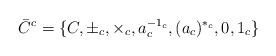
LaTeX: \begin{align*}\bar{C}^{c}=\{C, \pm_{c}, \times_{c}, a_{c}^{-1_{c}},(a_{c})^{*_{c}},0,1_{c}\}\end{align*}